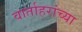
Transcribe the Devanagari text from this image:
वार्ताहरांच्या